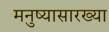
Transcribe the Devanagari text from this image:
मनुष्यासारख्या